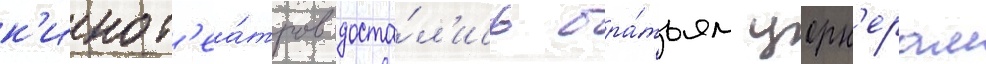
к'инот'еа́тров доста́л'ись бра́тьям уорн'ерам